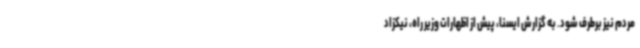
مردم نیز برطرف شود. به گزارش ایسنا، پیش از اظهارات وزیر راه، نیکزاد